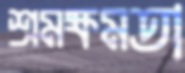
শ্রমক্ষমতা